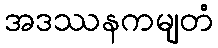
အဒဿနကမျတံ